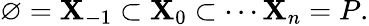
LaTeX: \varnothing=\mathbf{X}_{-1}\subset\mathbf{X}_{0}\subset\cdots\mathbf{X}_{n}=P.